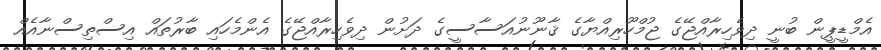
އެމްޑީޕީން ބުނީ ދިވެހިރާއްޖޭގެ ޖުމްހޫރިއްޔާގެ ޤާނޫނުއަސާސީގެ ދަށުން ދިވެހިރާއްޖޭގެ އެންމެހައި ބާރުތައް އިސްތިސްނާއެއް